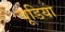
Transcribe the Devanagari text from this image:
बूडिया